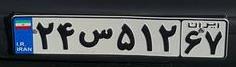
۲۴س۵۱۲۶۷